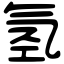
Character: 氢